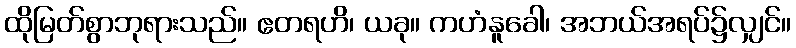
ထိုမြတ်စွာဘုရားသည်။ ဧတရဟိ၊ ယခု။ ကဟံနူခေါ၊ အဘယ်အရပ်၌လျှင်။